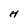
Character: H